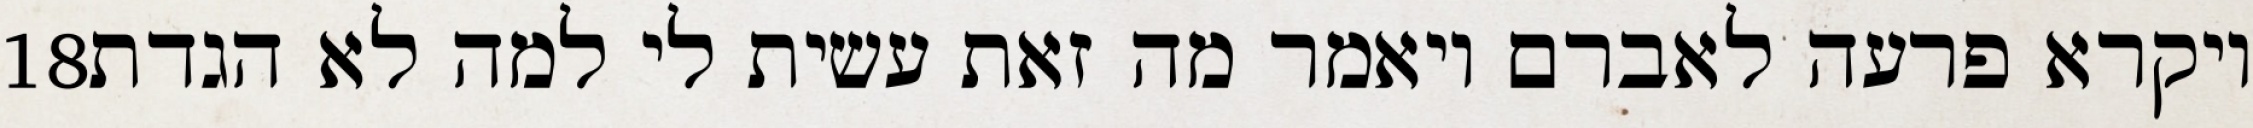
‎18‏ ויקרא פרעה לאברם ויאמר מה זאת עשית לי למה לא הגדת